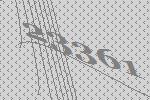
23361